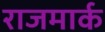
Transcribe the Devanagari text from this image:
राजमार्क